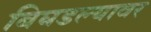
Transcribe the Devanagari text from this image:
बिघडल्यावर